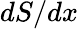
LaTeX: dS/dx